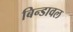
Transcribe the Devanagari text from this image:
बिन्डावल